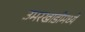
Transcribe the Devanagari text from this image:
उमरखाडीमध्ये